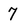
Character: 7